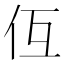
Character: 仾